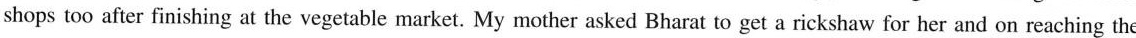
shops too after finishing at the vegetable market. My mother asked Bharat to get a rickshaw for her and on reaching the